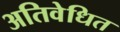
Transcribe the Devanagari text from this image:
अतिवेधित